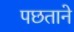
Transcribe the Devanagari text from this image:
पछताने